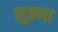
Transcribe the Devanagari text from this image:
लुइप्पा